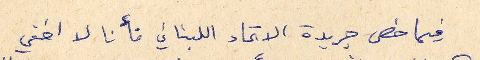
فيما خص جريدة الاتحاد اللبناني فأنا لا اخفي